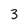
Character: 3